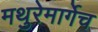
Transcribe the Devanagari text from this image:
मथुरेमार्गेच